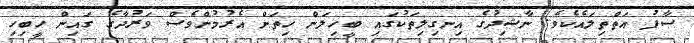
ސާފު އަތްތިލައެކެވެ. ނާޝިދުގެ އިނގިލިތަކުގައި ބީހިލަން ހިތަށް އެރުމުންވެސް ވަރުދާގެ ގައިން ހީބިހި